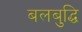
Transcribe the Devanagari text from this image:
बलबुद्धि